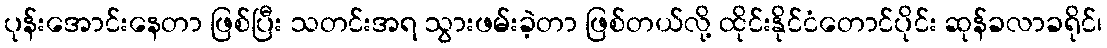
ပုန်းအောင်းနေတာ ဖြစ်ပြီး သတင်းအရ သွားဖမ်းခဲ့တာ ဖြစ်တယ်လို့ ထိုင်းနိုင်ငံတောင်ပိုင်း ဆုန်ခလာခရိုင်၊